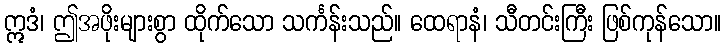
ဣဒံ၊ ဤအဖိုးများစွာ ထိုက်သော သင်္ကန်းသည်။ ထေရာနံ၊ သီတင်းကြီး ဖြစ်ကုန်သော။